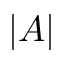
\vert A \vert